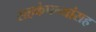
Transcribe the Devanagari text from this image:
सहकंपन्यांसह